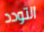
التودد